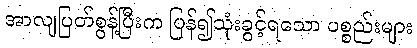
အာလျပြတ်စွန့်ပြီးက ပြန်၍သုံးခွင့်ရသော ပစ္စည်းများ